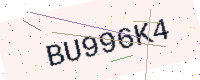
Text: BU996K4